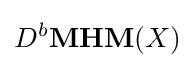
D^{b}{\textbf {MHM}}(X)